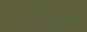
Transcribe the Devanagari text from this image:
अनिवार्यताएं